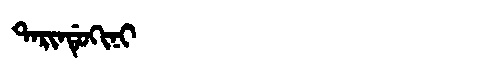
Manchu: ᡨᠠᡵᡳᠨᡩᡠᡴᡳᠨᡳ
Romanization: TARINDUKINI